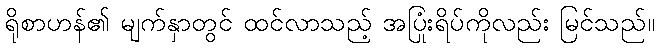
ရိုစာဟန်၏ မျက်နှာတွင် ထင်လာသည့် အပြုံးရိပ်ကိုလည်း မြင်သည်။